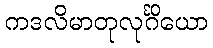
ကဒလိမာတုလုင်္ဂိယော